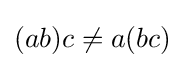
(ab)c\neq a(bc)